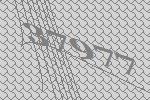
37977